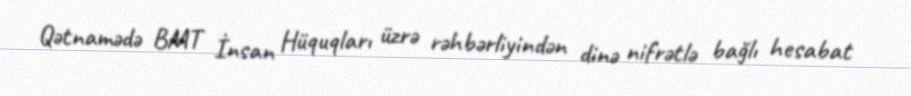
Qətnamədə BMT İnsan Hüquqları üzrə rəhbərliyindən dinə nifrətlə bağlı hesabat